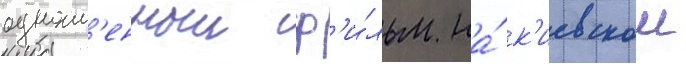
одноим'енныи ф'и́льм на́ к'иевскои